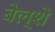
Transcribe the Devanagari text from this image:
बेल्शे